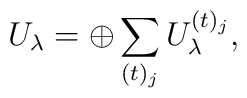
U_{\lambda} = \oplus\sum_{(t)_{j}} U_\lambda^{(t)_{j}},